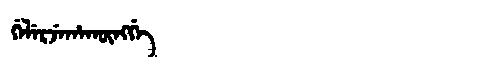
Manchu: ᡤᡝᠯᡝᡵᠵᡝᡥᠠᡴᡡᠩᡤᡝ
Romanization: GELERJEHAKŪNGGE